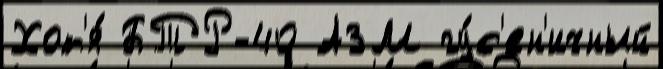
Хот'я́ БТР-40 АЗМ гу́с'ен'ичный